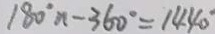
1 8 0 ^ { \circ } n - 3 6 0 ^ { \circ } = 1 4 4 0 ^ { \circ }